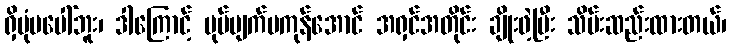
ရှိပုံမပေါ်ဘူး၊ ဒါကြောင့် ပုပ်ပျက်မကုန်အောင် အရှင်အတိုင်း ချိုးဖဲ့ပြီး သိမ်းဆည်းထားတယ်၊